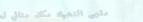
مقهى النخبة: مكان مثالي ل